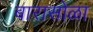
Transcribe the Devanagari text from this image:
बारासोळा